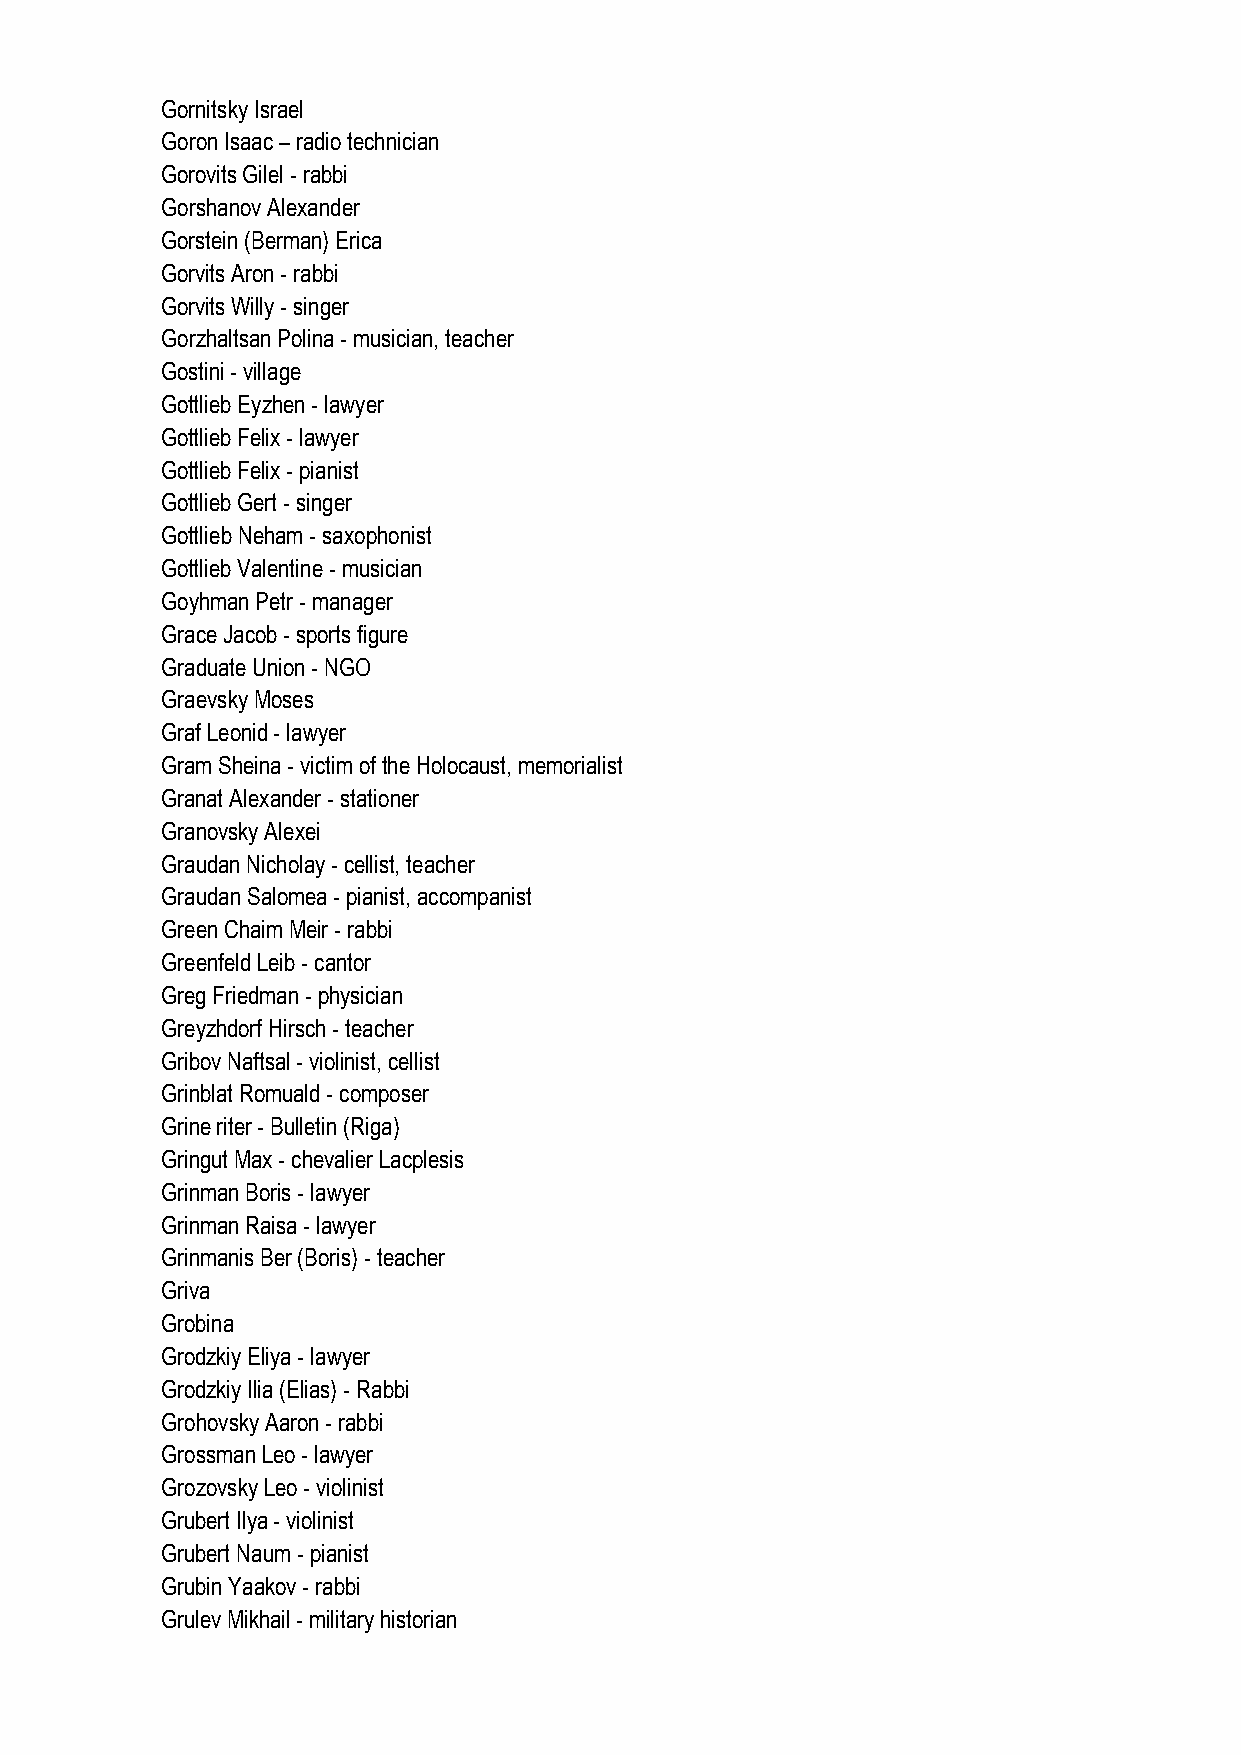
Gornitsky Israel
 Goron Isaac – radio technician
 Gorovits Gilel - rabbi
 Gorshanov Alexander
 Gorstein (Berman) Erica
 Gorvits Aron - rabbi
 Gorvits Willy - singer
 Gorzhaltsan Polina - musician, teacher
 Gostini - village
 Gottlieb Eyzhen - lawyer
 Gottlieb Felix - lawyer
 Gottlieb Felix - pianist
 Gottlieb Gert - singer
 Gottlieb Neham - saxophonist
 Gottlieb Valentine - musician
 Goyhman Petr - manager
 Grace Jacob - sports figure
 Graduate Union - NGO
 Graevsky Moses
 Graf Leonid - lawyer
 Gram Sheina - victim of the Holocaust, memorialist
 Granat Alexander - stationer
 Granovsky Alexei
 Graudan Nicholay - cellist, teacher
 Graudan Salomea - pianist, accompanist
 Green Chaim Meir - rabbi
 Greenfeld Leib - cantor
 Greg Friedman - physician
 Greyzhdorf Hirsch - teacher
 Gribov Naftsal - violinist, cellist
 Grinblat Romuald - composer
 Grine riter - Bulletin (Riga)
 Gringut Max - chevalier Lacplesis
 Grinman Boris - lawyer
 Grinman Raisa - lawyer
 Grinmanis Ber (Boris) - teacher
 Griva
 Grobina
 Grodzkiy Eliya - lawyer
 Grodzkiy Ilia (Elias) - Rabbi
 Grohovsky Aaron - rabbi
 Grossman Leo - lawyer
 Grozovsky Leo - violinist
 Grubert Ilya - violinist
 Grubert Naum - pianist
 Grubin Yaakov - rabbi
 Grulev Mikhail - military historian